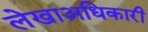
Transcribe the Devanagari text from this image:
लेखाअधिकारी